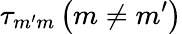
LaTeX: \tau_{m^{\prime}m}\left(m\neq m^{\prime}\right)